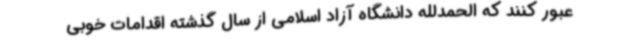
عبور کنند که الحمدلله دانشگاه آزاد اسلامی از سال گذشته اقدامات خوبی